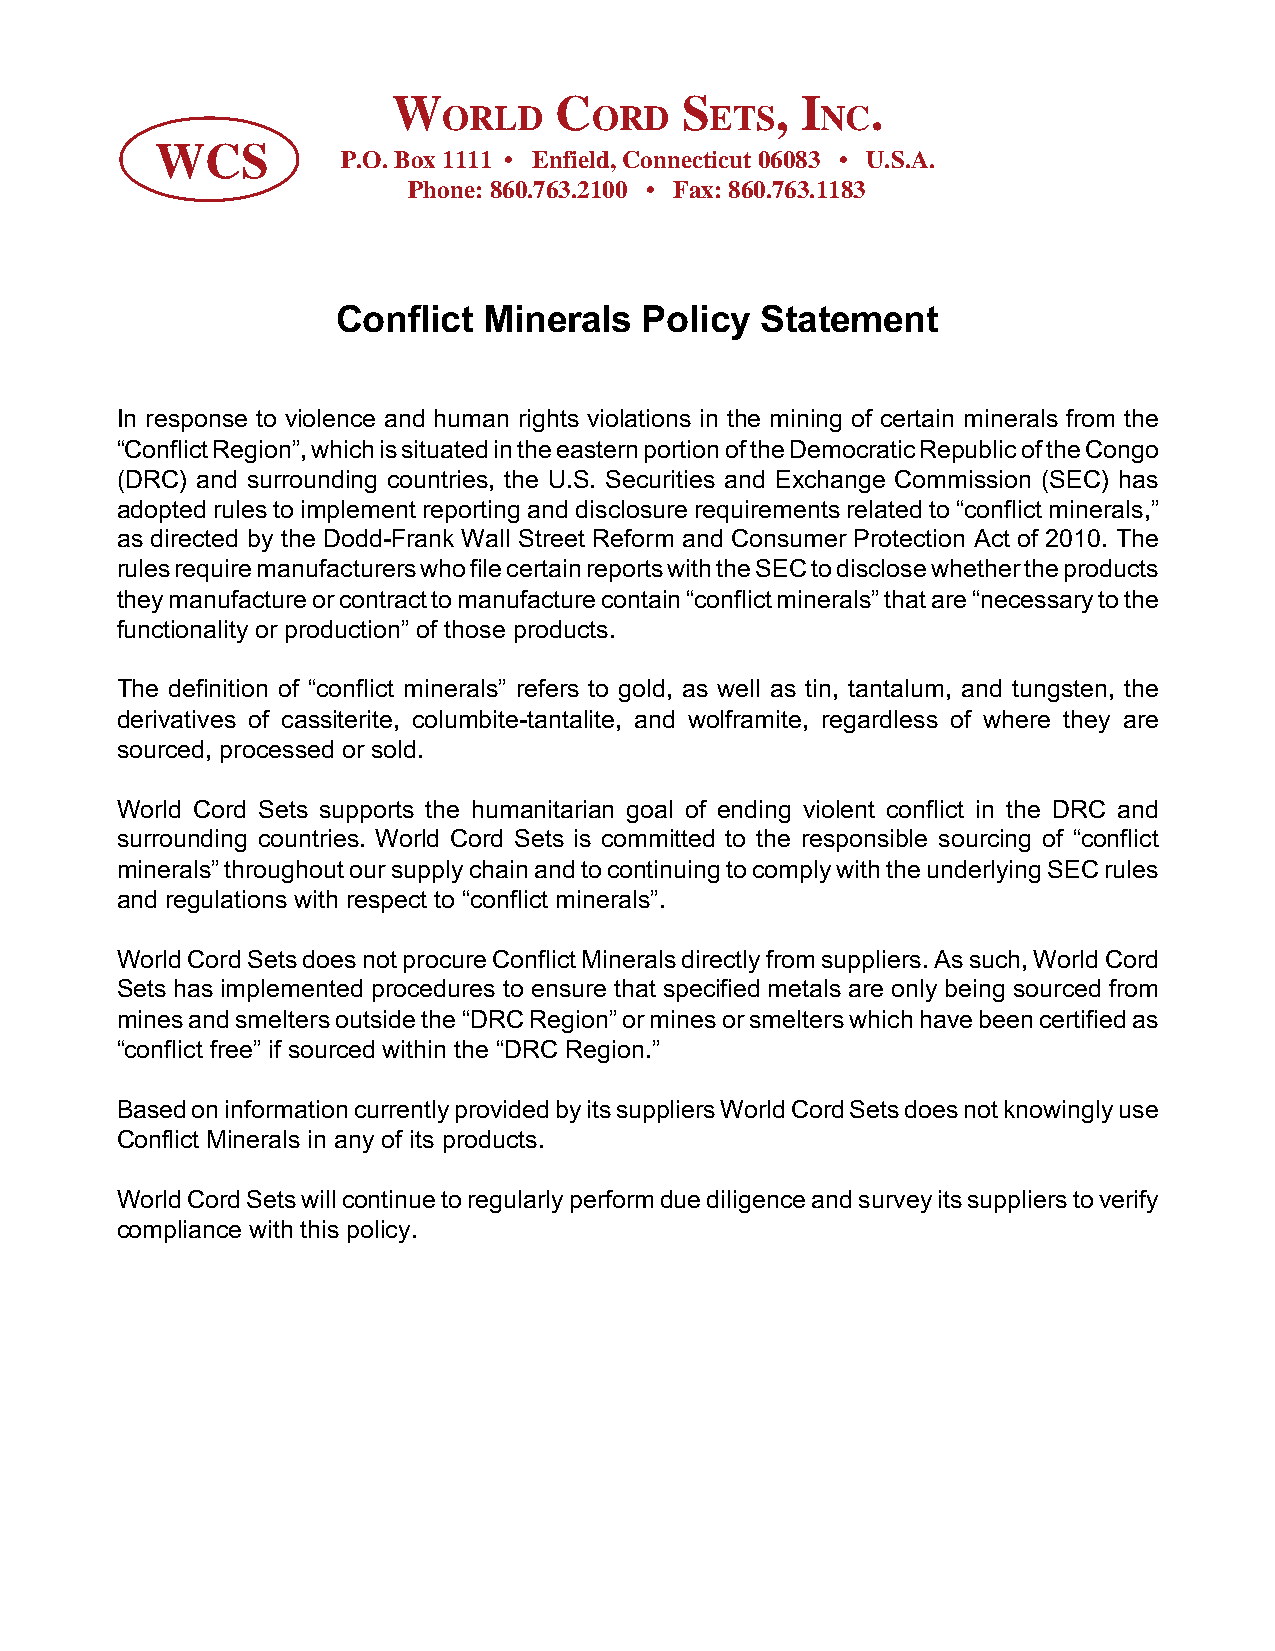
W          C       S     , I    .
 ORLD      ORD     ETS    NC
 WCS
 P.O. Box 1111 • Enfield, Connecticut 06083 • U.S.A.
 Phone: 860.763.2100 • Fax: 860.763.1183
 Conflict  Minerals   Policy Statement
 In response to violence and human rights violations in the mining of certain minerals from the
 “Conflict Region”, which is situated in the eastern portion of the Democratic Republic of the Congo
 (DRC) and surrounding countries, the U.S. Securities and Exchange Commission (SEC) has
 adopted rules to implement reporting and disclosure requirements related to “conflict minerals,”
 as directed by the Dodd-Frank Wall Street Reform and Consumer Protection Act of 2010. The
 rules require manufacturers who file certain reports with the SEC to disclose whether the products
 they manufacture or contract to manufacture contain “conflict minerals” that are “necessary to the
 functionality or production” of those products.
 The definition of “conflict minerals” refers to gold, as well as tin, tantalum, and tungsten, the
 derivatives of cassiterite, columbite-tantalite, and wolframite, regardless of where they are
 sourced, processed or sold.
 World Cord Sets supports the humanitarian goal of ending violent conflict in the DRC and
 surrounding countries. World Cord Sets is committed to the responsible sourcing of “conflict
 minerals” throughout our supply chain and to continuing to comply with the underlying SEC rules
 and regulations with respect to “conflict minerals”.
 World Cord Sets does not procure Conflict Minerals directly from suppliers. As such, World Cord
 Sets has implemented procedures to ensure that specified metals are only being sourced from
 mines and smelters outside the “DRC Region” or mines or smelters which have been certified as
 “conflict free” if sourced within the “DRC Region.”
 Based on information currently provided by its suppliers World Cord Sets does not knowingly use
 Conflict Minerals in any of its products.
 World Cord Sets will continue to regularly perform due diligence and survey its suppliers to verify
 compliance with this policy.